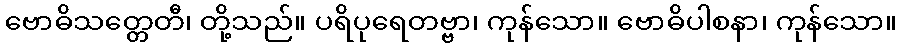
ဗောဓိသတ္တေတီ၊ တို့သည်။ ပရိပုရေတဗ္ဗာ၊ ကုန်သော။ ဗောဓိပါစနာ၊ ကုန်သော။